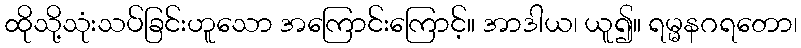
ထိုသို့သုံးသပ်ခြင်းဟူသော အကြောင်းကြောင့်။ အာဒါယ၊ ယူ၍။ ရမ္မနဂရတော၊